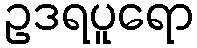
ဥဒရပူရော